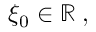
\xi _ { 0 } \in \mathbb { R } \; ,